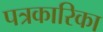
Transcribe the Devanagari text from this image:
पत्रकारिका